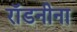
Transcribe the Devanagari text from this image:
रॉडनीना